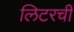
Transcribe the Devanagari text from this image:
लिटरची